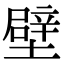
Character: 壁